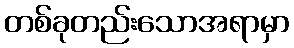
တစ်ခုတည်းသောအရာမှာ